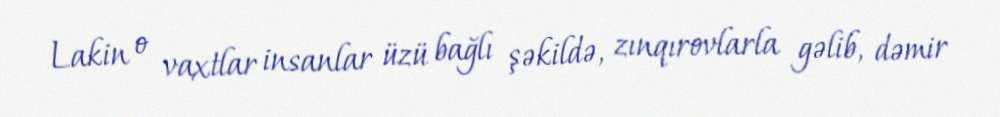
Lakin o vaxtlar insanlar üzü bağlı şəkildə, zınqırovlarla gəlib, dəmir